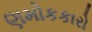
ણમોકકારો